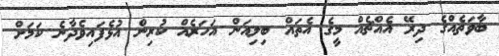
ބާވަތެއްގެ ދިރޭ އެއްޗެއް މީގެ އެތައް ބިލިއަން އަހަރެއް ކުރިން އުޅެފައިވެދާނެ ކަމަށް